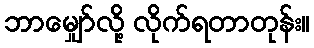
ဘာမျှော်လို့ လိုက်ရတာတုန်း။